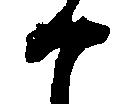
か